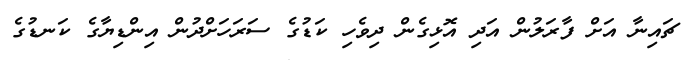
ޗައިނާ އަށް ފާރަލުން އަދި އޮޅިގެން ދިވެހި ކަޑުގެ ސަރަހަށްދުން އިންޑިޔާގެ ކަނޑުގެ